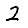
Digit: 2